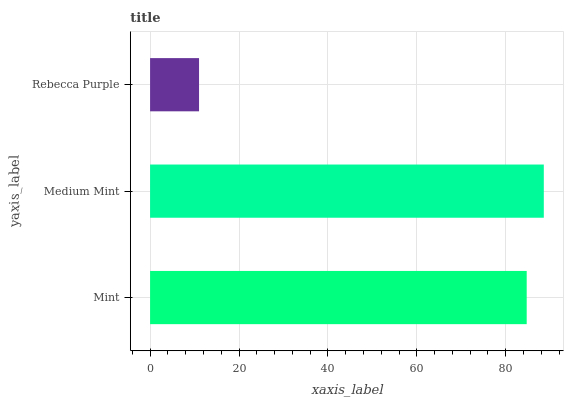
| yaxis_label | bars |
 | --- | --- |
 | Mint | 84.7 |
 | Medium Mint | 88.6 |
 | Rebecca Purple | 11 |